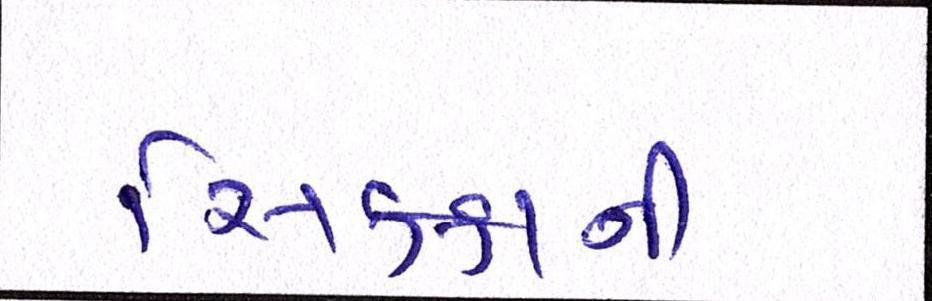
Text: સિક્કાની